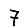
Digit: 7